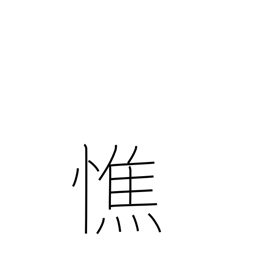
Meaning: get thin